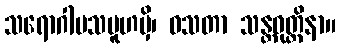
သရောဂါမသမူဟမှိ၊ ဝသတာ သန္တဝုတ္တိနာ။